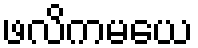
ဖလိကမယေ